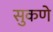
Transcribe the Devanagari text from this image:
सुकणे